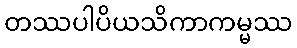
တဿပါပိယသိကာကမ္မဿ